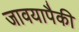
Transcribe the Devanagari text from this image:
जावयापैकी